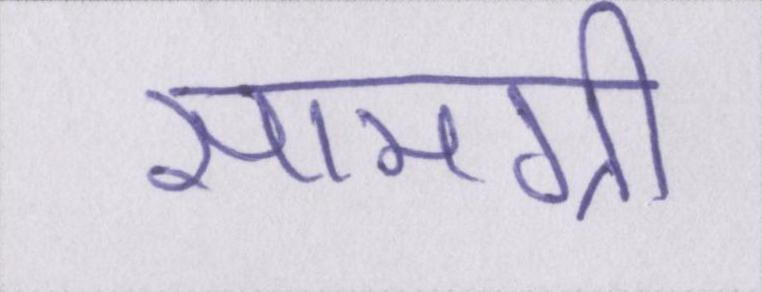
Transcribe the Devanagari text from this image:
सामग्री